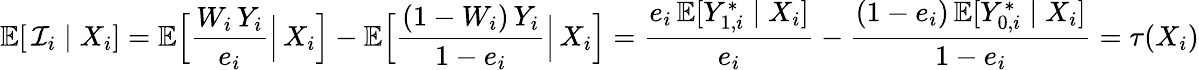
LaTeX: \mathbb{E}[\, \mathcal{I}_{i}\mid X_{i}]=\mathbb{E}\Big[\frac{W_{i}\, Y_{i}}{e_{i}}\Big\lvert\, X_{i}\Big]-\mathbb{E}\Big[\frac{(1-W_{i})\, Y_{i}}{1-e_{i}}\Big\lvert\, X_{i}\Big]=\frac{e_{i}\, \mathbb{E}[Y_{1,i}^{*}\mid X_{i}]}{e_{i}}-\frac{(1-e_{i})\, \mathbb{E}[Y_{0,i}^{*}\mid X_{i}]}{1-e_{i}}=\tau(X_{i})